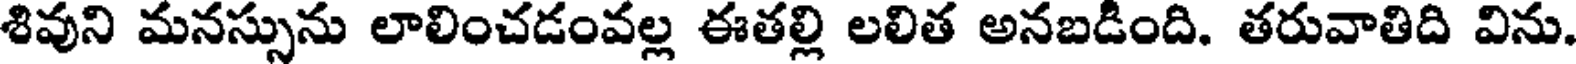
శివుని మనస్సును లాలించడంవల్ల ఈతల్లి లలిత అనబడింది. తరువాతిది విను.